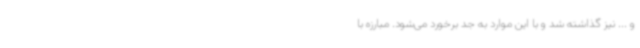
و ... نیز گذاشته شد و با این موارد به جد برخورد می‌شود. مبارزه با